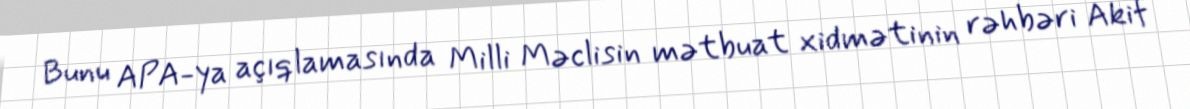
Bunu APA-ya açıqlamasında Milli Məclisin mətbuat xidmətinin rəhbəri Akif